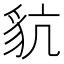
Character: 𧲪